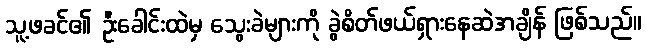
သူ့ဖခင်၏ ဦးခေါင်းထဲမှ သွေးခဲများကို ခွဲစိတ်ဖယ်ရှားနေဆဲအချိန် ဖြစ်သည်။